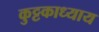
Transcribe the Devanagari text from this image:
कुट्टकाध्याय